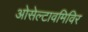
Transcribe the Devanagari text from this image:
ओसेल्टावमिविर